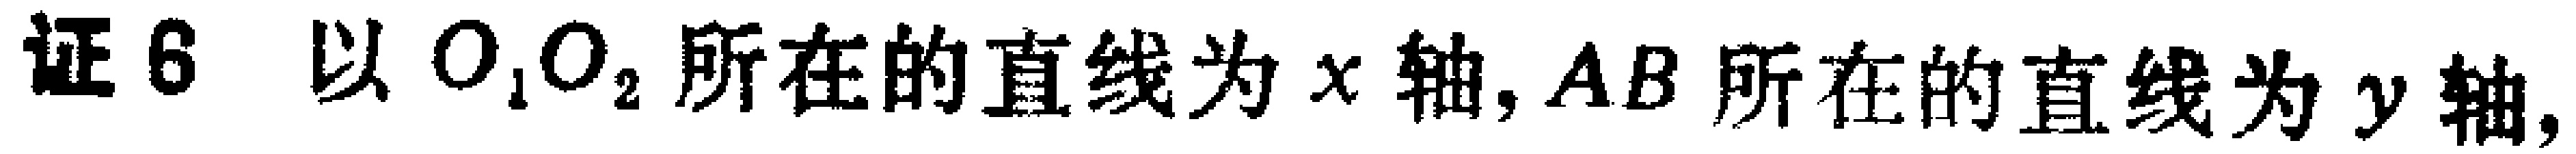
证6，以$O_1O_2$所在的直线为$x$轴,$AB$所在的直线为$y$轴,